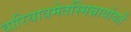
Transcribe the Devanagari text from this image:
वारियात्रमेतस्मिन्नार्यावर्तें